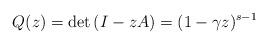
LaTeX: \begin{align*}Q(z) = \det\left(I - zA\right) = (1-\gamma z)^{s-1}\end{align*}